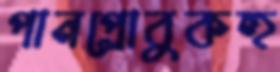
পানপ্রোবুকহু